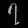
Digit: ၇